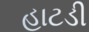
હાટડી